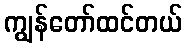
ကျွန်တော်ထင်တယ်